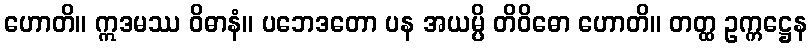
ဟောတိ။ ဣဒမဿ ဝိဓာနံ။ ပဘေဒတော ပန အယမ္ပိ တိဝိဓော ဟောတိ။ တတ္ထ ဥက္ကဋ္ဌေန